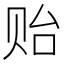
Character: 贻